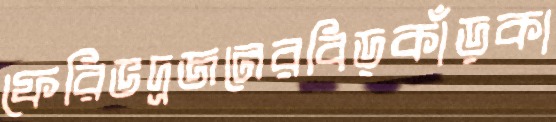
ফেরিভদ্রজনেরবিড়কাঁড়কা